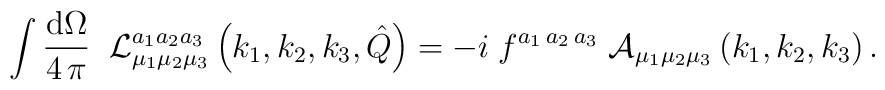
\int \frac{{\rm d}\Omega}{4\,\pi}\;\;{\cal L}_{\mu_1\mu_2\mu_3}^{a_1 a_2 a_3}\left(k_1,k_2,k_3,\hat Q\right)=-i\;f^{a_1\,a_2\,a_3}\;{\cal A}_{\mu_1\mu_2\mu_3}\left(k_1,k_2,k_3\right).